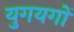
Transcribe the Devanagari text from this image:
युगयगों